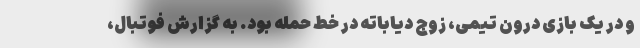
و در یک بازی درون تیمی، زوج دیاباته در خط حمله بود. به گزارش فوتبال،